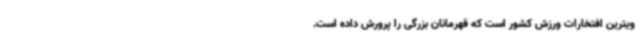
ویترین افتخارات ورزش کشور است که قهرمانان بزرگی را پرورش داده است.